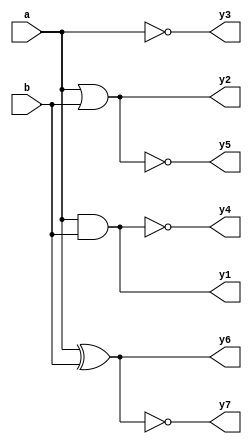
module gtLogic( a,b,
                  y1,y2,y3,y4,y5,y6,y7
                 );
  input a;
  input b;
  output y1,y2,y3,y4,y5,y6,y7;
  assign y1 = a & b;
  assign y2 = a | b;
  assign y3 = ~a;
  assign y4 = ~(a & b);
  assign y5 = ~(a | b);
  assign y6 = a ^ b;
  assign y7 = ~(a ^ b);
endmodule